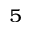
^ { 5 }